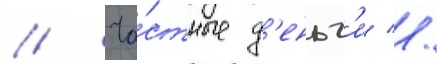
// Ча́стные д'еньг'и //